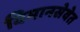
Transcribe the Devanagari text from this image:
विमानसेवेत